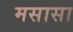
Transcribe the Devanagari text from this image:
मसासा